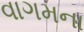
વાગમના